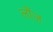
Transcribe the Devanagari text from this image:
लौंज